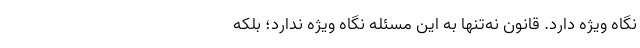
نگاه ویژه دارد. قانون نه‌تنها به این مسئله نگاه ویژه ندارد؛ بلکه